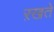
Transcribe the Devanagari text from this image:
ऱखते